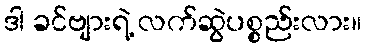
ဒါ ခင်ဗျားရဲ့ လက်ဆွဲပစ္စည်းလား။